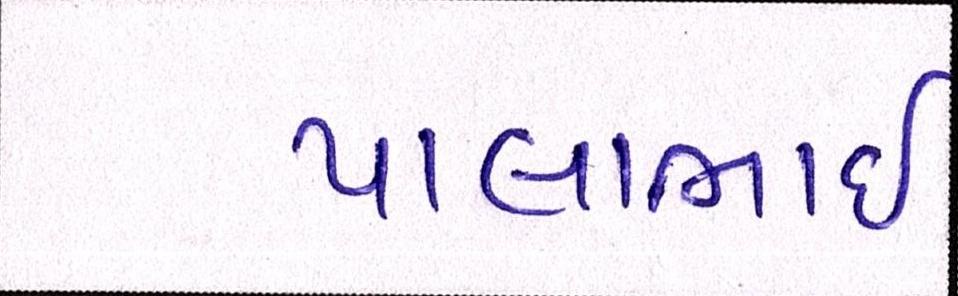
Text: પાલાભાઇ